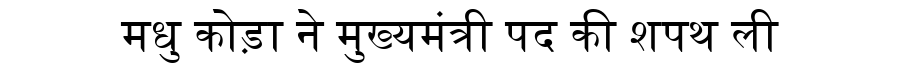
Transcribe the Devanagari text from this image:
मधु कोड़ा ने मुख्यमंत्री पद की शपथ ली